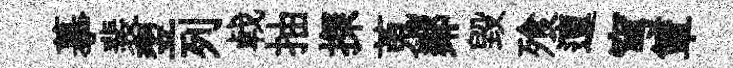
摹裴翌列㦸抽探蒐鄰毀飱邅穹簞